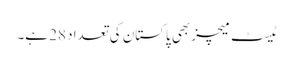
ٹیسٹ میچز بھی پاکستان کی تعداد 28 ہے۔